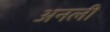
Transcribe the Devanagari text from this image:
अनली